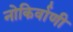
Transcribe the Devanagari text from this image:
नोकिर्वाणी